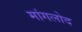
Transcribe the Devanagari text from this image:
मांगलोद